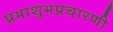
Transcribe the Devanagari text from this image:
प्रभाशुभप्रचारणी